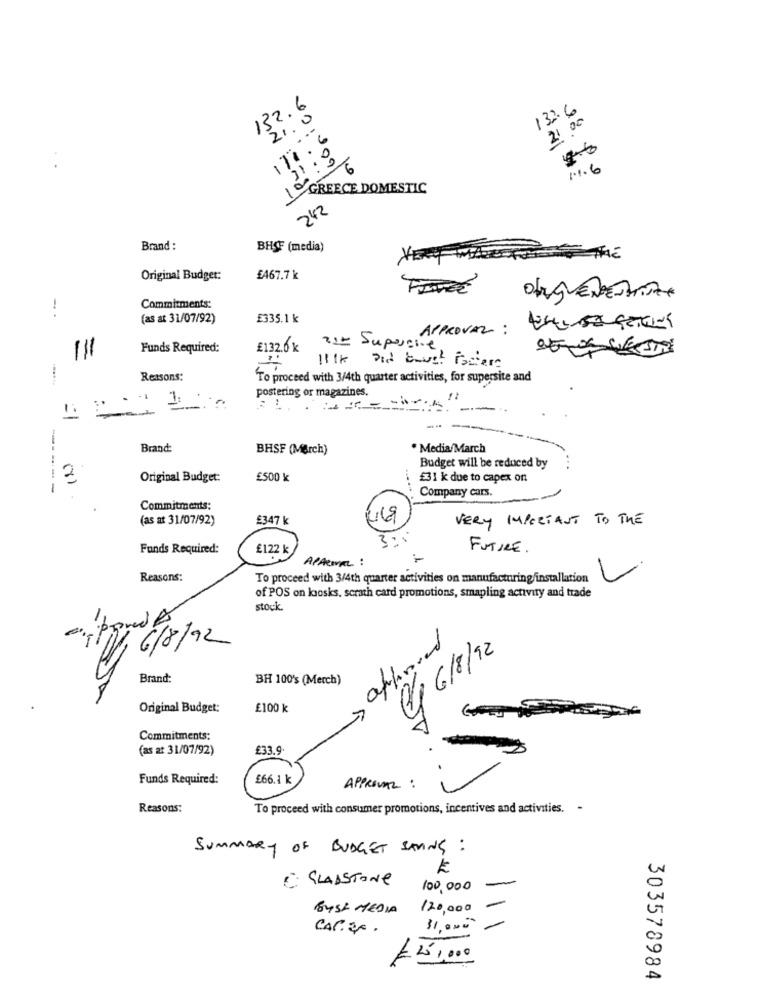
132.6
132.6
21.0
21 00
170.6
2.6
11.6
GREECE DOMESTIC
242
Brand :
BHOF (media)
VERF
Original Budget:
£467.7 k
Commitments:
(as at 31/07/92)
£335.1 k
APPROVAL :
Funds Required:
£132.0k
215 Suportive.
111
11 1K
Reasons:
To proceed with 3/4th quarter activities, for supersite and
postering or magazines.
--
--
Brand:
BHSF (March)
. Media/March
Budget will be reduced by
2
Original Budget:
£500 k
£31 k due to capex on
Company cars.
Commitments:
(as at 31/07/92)
£347 k
VERY IMPORTANT TO THE
Funds Required:
£122 k
FUTURE.
APANEL :
Reasons:
To proceed with 3/4th quarter activities on manufacturing/installation
of POS on losks. scratch card promotions, smapling activity and trade
stock.
-
5
0
approved
1 6/8/92
Brand:
BH 100's (Merch)
Original Budget:
£100 k
Commitments:
(as at 31/07/92)
£33.9
Funds Required:
£66.1 k
APPROVAL :
Reasons:
To proceed with consumer promotions, incentives and activities. -
SUMMARY OF BUDGET SANS :
K
C: GLADSTONE
100,000
BYSE MEDIA
120,000
CAR.2.
31,000
=25 ,000
303578984